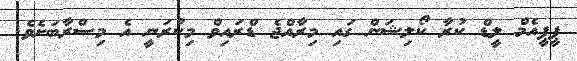
ޕީޕީއެމް ލީޑް ކުރާ ކޯލިޝަން ގައި މިރާއްޖެ ޑްރައިވް މިކުރަނީ އެ މިސްރާބަށެވެ.